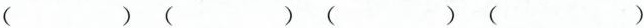
() () () ()